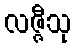
လဇ္ဇီသု